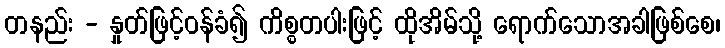
တနည်း - နှုတ်ဖြင့်ဝန်ခံ၍ ကိစ္စတပါးဖြင့် ထိုအိမ်သို့ ရောက်သောအခါဖြစ်စေ၊